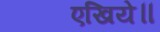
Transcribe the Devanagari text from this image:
एखिये॥